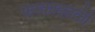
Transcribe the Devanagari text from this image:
फरकाइतकी